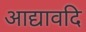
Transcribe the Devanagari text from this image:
आद्यावदि